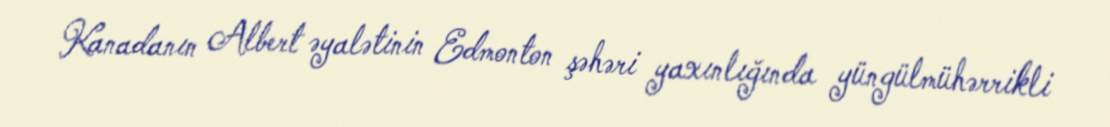
Kanadanın Albert əyalətinin Edmonton şəhəri yaxınlığında yüngülmühərrikli